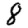
Digit: 8